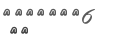
٤٠